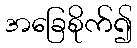
အခြေစိုက်၍